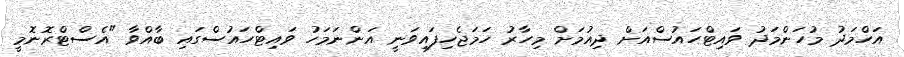
އަހްމަދު މުހަންމަދު ވައިޓްހައުސްއަށް ދިއުމަށް މިހާރު ހަމަޖެހިފައިވަނީ އަންނަމަހު ވައިޓްހައުސްގައި ބާއްވާ "އެސްޓްރޮނޮމީ